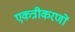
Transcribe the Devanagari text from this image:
एकत्रीकरणों